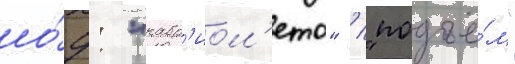
шо́у: "кабр'иол'ето" / "подъё́м"